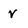
Character: V